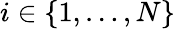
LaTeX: i\in\{ 1,\ldots,N\}